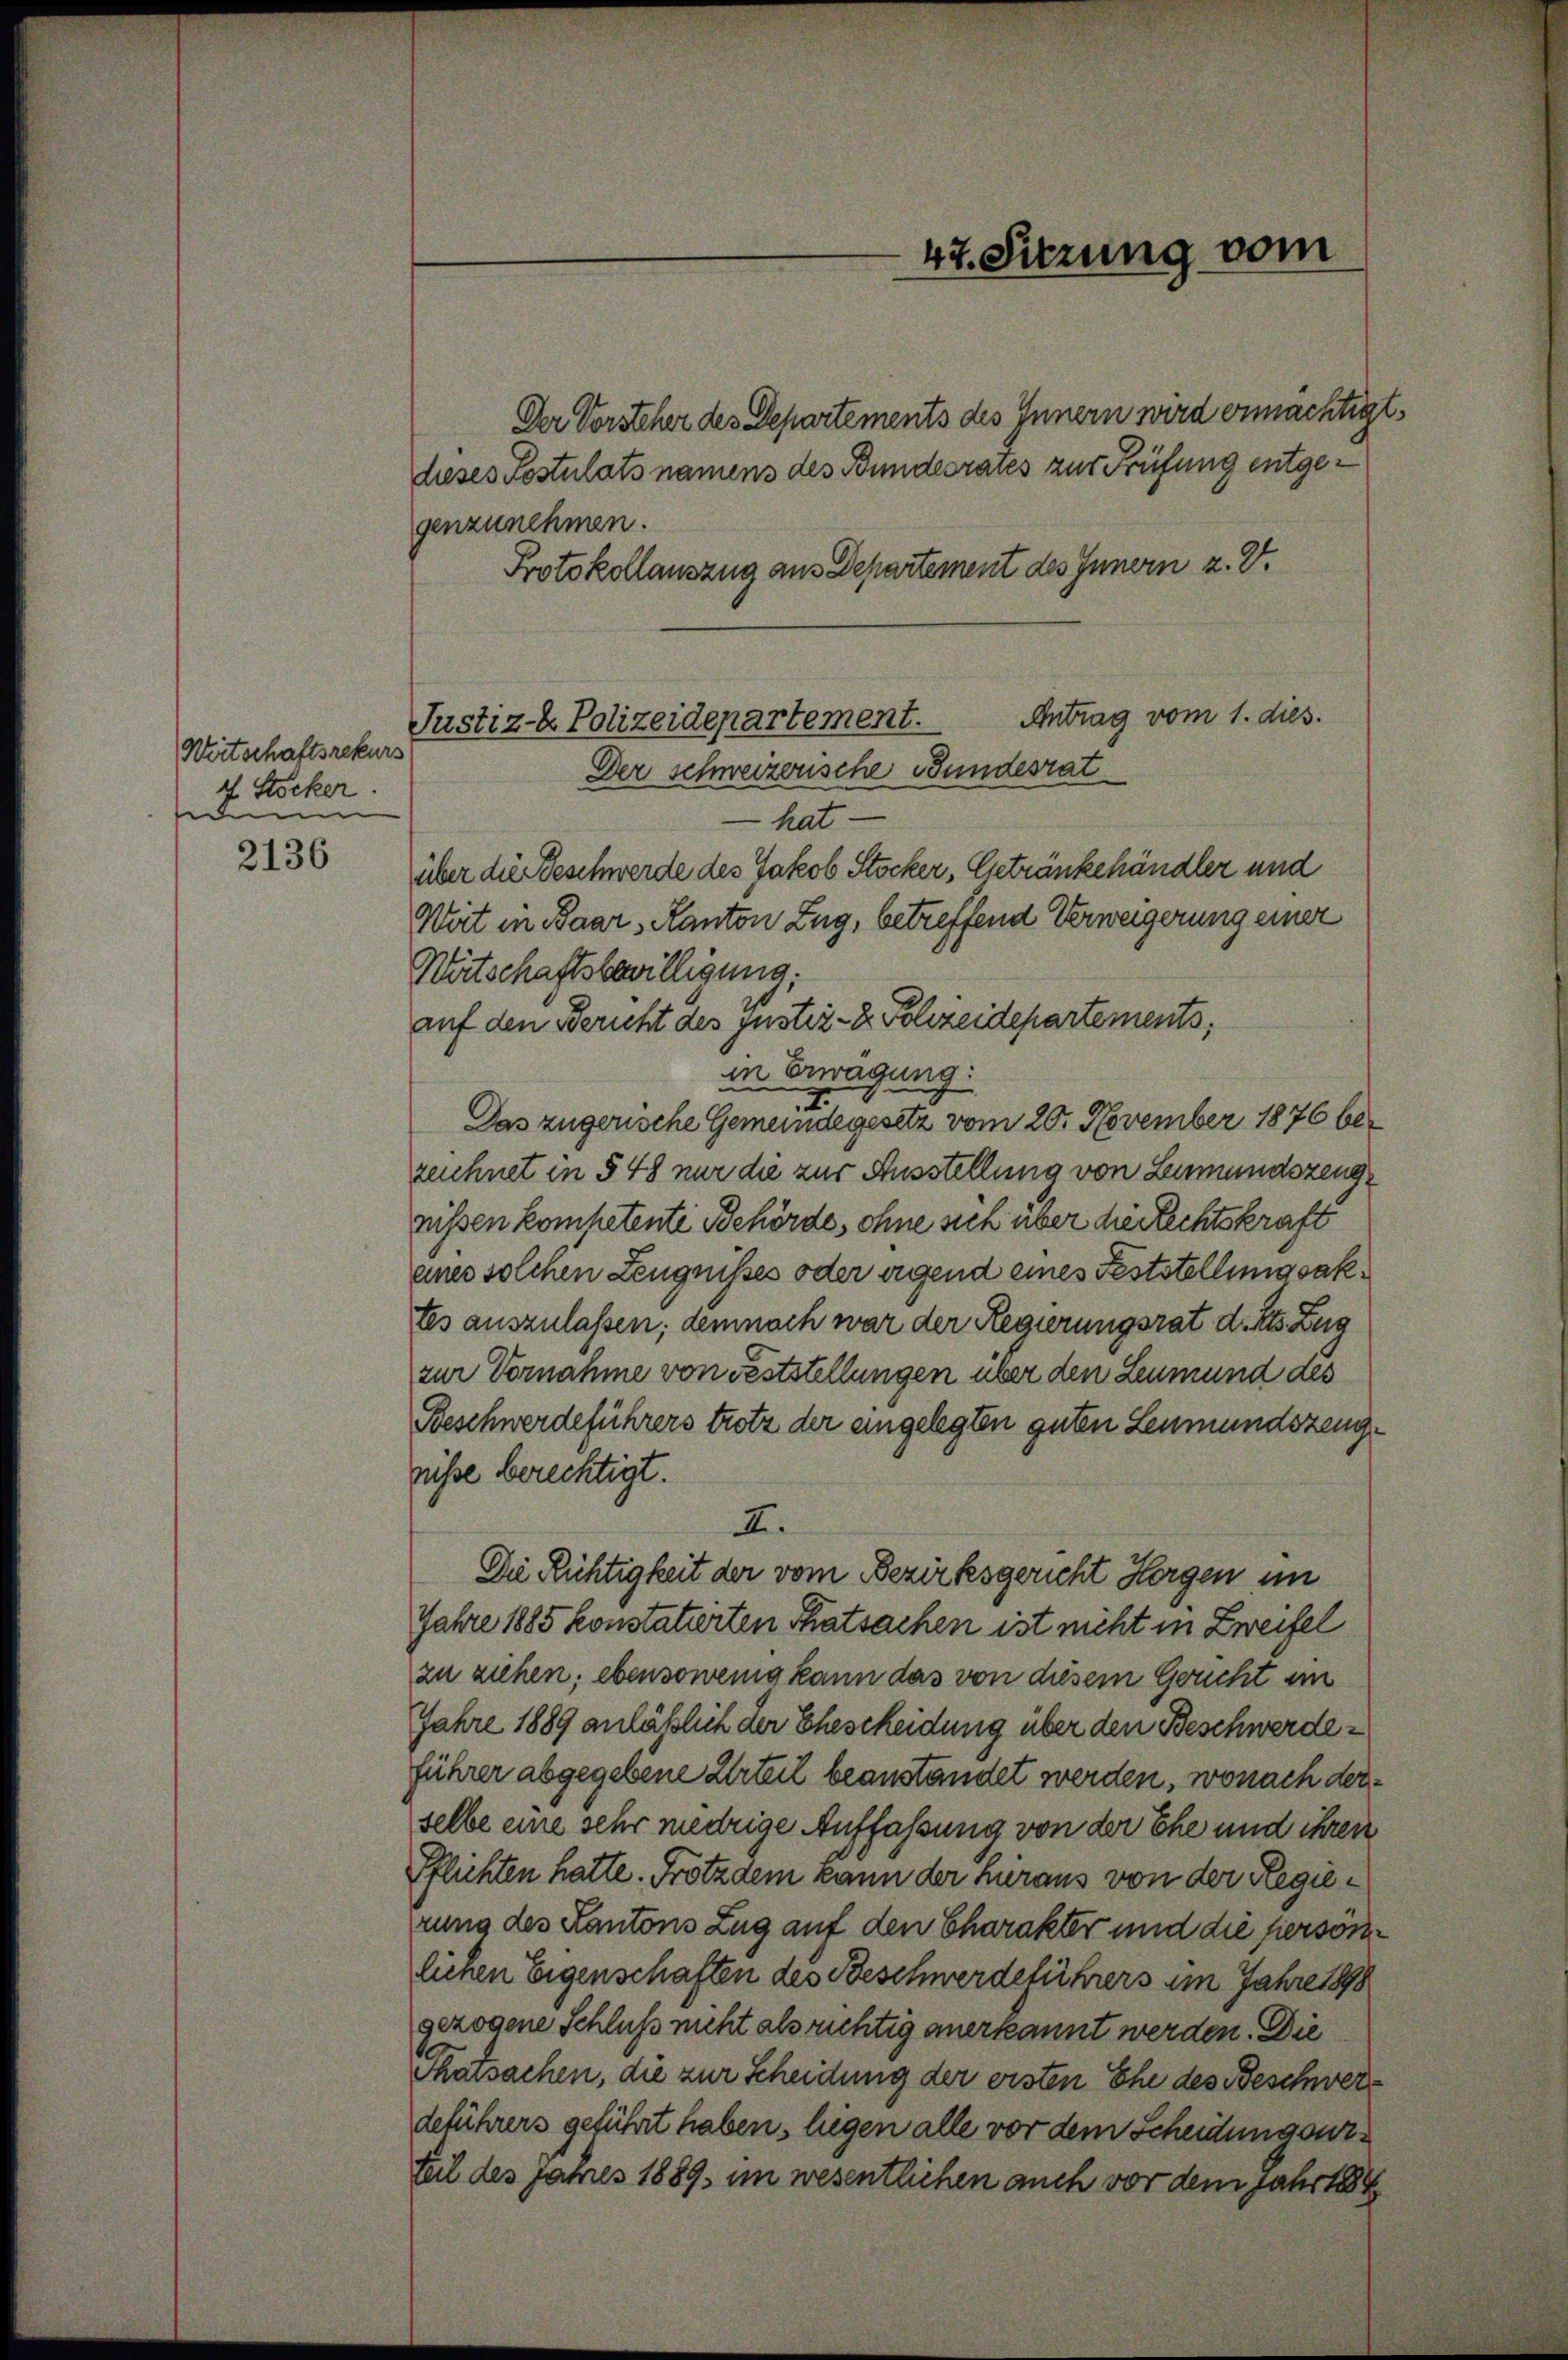
Wirtschaftsrekurs
4 Stocker.
edem

2136

Justiz- & Polizeidepartement.
Der schweizerische Bundesrat

47. Sitzung vom

Der Vorsteher des Departements des Innern wird ermächtigt.
dieses Postulats namens des Bundesrates zur Prüfung entgegenzunehmen.
Protokollauszug aus Departement des Innern z. B.
Antrag vom 1. dies.
— hat
über die Geschwerde des Jakob Stocker, Getränkehändler und
Wert in Baar, Kanton Zug, betreffend Verweigerung einer
Witschaftsbewilligung:
auf den Bericht des justiz- & Polizeidepartements,
in Erwägung:
I.
Das zugerische Gemeindegesetz vom 20. November 1876 bezeichnet in § 48 nur die zur Ausstellung von Leumundszeugnissen kompetente Behörde, ohne sich über die Rechtskraft
eines solchen Zeugnisses oder eigend eines Feststellungsaktes auszulassen; demnach war der Regierungsrat d. Mts. Zug
zur Vornahme von Feststellungen über den Leumund des
Beschwerdeführers trotz der eingelegten guten Leumundszeugpisse berechtigt.
F.
Die Richtigkeit der vom Bezirksgericht Horgen im
Jahre 1885 konstatierten Thatsachen ist nicht in Zweifel
zu ziehen; ebensowenig kann das von diesem Gericht im
Jahre 1889 anläßlich der Ehescheidung über den Beschwerdeführer abgegebene Urteil beanstandet werden, wonach derselbe eine sehr niedrige Auffassung von der Ehe und ihren
Pflichten hatte. Frötzdem kann der hieraus von der Regierung des Kantons Zug auf den Charakter und die hiersönlichen Eigenschaften des Beschwerdeführers im Jahre 1898
gezogene Schluß nicht als richtig anerkannt werden. Die
Thatsachen, die zur Scheidung der ersten Ehe des Beschwerdeführers geführt haben, liegen alle vor dem Scheidungsweteil des Jahres 1889 im wesentlichen auch vor dem jahrts